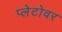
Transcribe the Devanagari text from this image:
प्लेटोवर